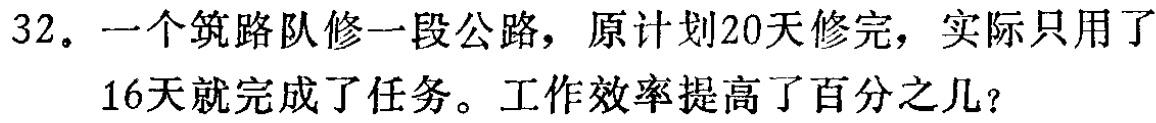
32。一个筑路队修一段公路，原计划20天修完，实际只用了16天就完成了任务。工作效率提高了百分之几？